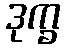
ဒုက္ခ